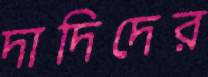
দাদিদের